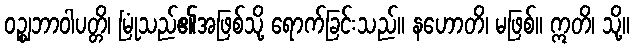
ဝဉ္ဈဘာဝါပတ္တိ၊ မြုံသည်၏အဖြစ်သို့ ရောက်ခြင်းသည်။ နဟောတိ၊ မဖြစ်။ ဣတိ၊ သို့။